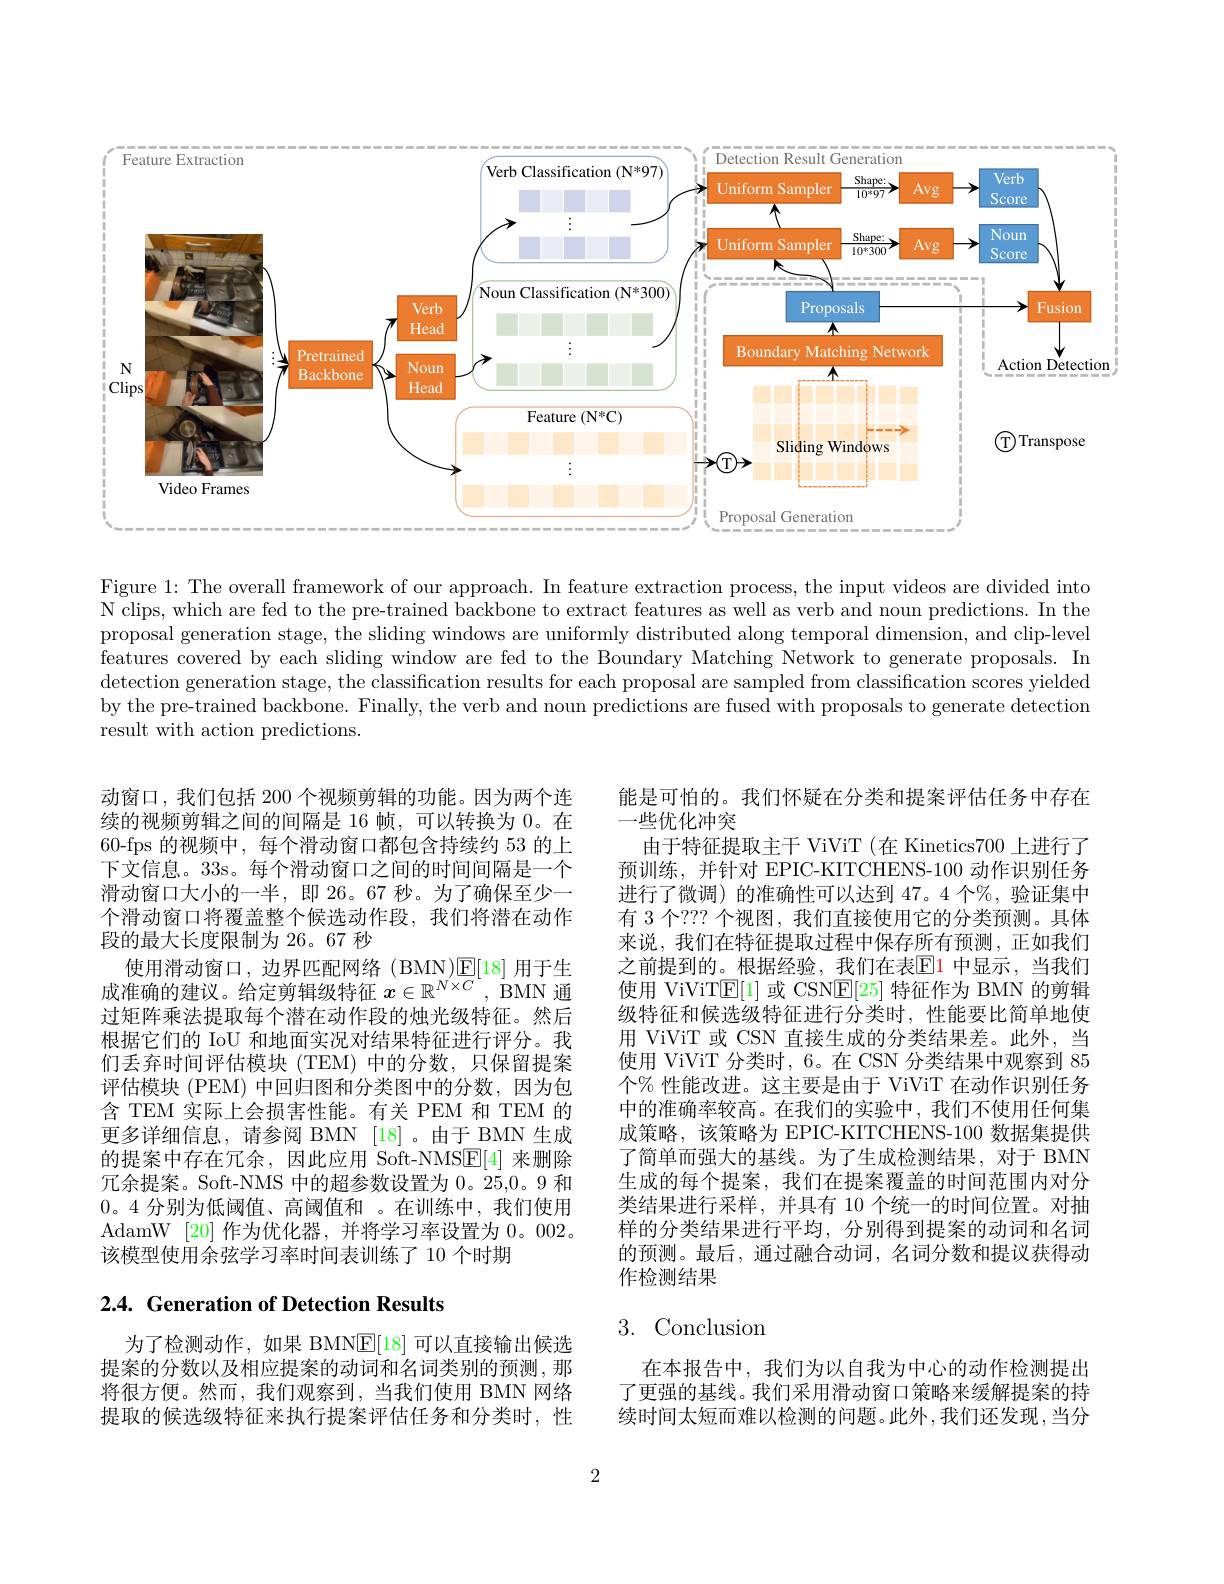
<FigureHere>

Figure 1: The overall framework of our approach. In feature extraction process, the input videos are divided into $\bar{\text{N clips, which are fed to the pre-trained backbone to extract features as well as verb and noun predictions. In the}}$ proposal generation stage, the sliding windows are uniformly distributed along temporal dimension, and clip-level features covered by each sliding window are fed to the Boundary Matching Network to generate proposals. In detection generation stage, the classification results for each proposal are sampled from classification scores yielded by the pre-trained backbone. Finally, the verb and noun predictions are fused with proposals to generate detection result with action predictions.

动窗口，我们包括 200 个视频剪辑的功能。因为两个连续的视频剪辑之间的间隔是 16 帧，可以转换为 0。在60-fps 的视频中，每个滑动窗口都包含持续约 53 的上下文信息。33s。每个滑动窗口之间的时间间隔是一个滑动窗口大小的一半，即 26。67 秒。为了确保至少一个滑动窗口将覆盖整个候选动作段，我们将潜在动作段的最大长度限制为 26。67 秒
使用滑动窗口，边界匹配网络(BMN)$\underline{\mathrm{E}}[18]$用于生成准确的建议。给定剪辑级特征$x\in\mathbb{R}^N\times C$, BMN 通过矩阵乘法提取每个潜在动作段的烛光级特征。然后根据它们的 IoU 和地面实况对结果特征进行评分。我们丢弃时间评估模块(TEM)中的分数，只保留提案评估模块 (PEM) 中回归图和分类图中的分数，因为包含 TEM 实际上会损害性能。有关 PEM 和 TEM 的更多详细信息，请参阅 BMN [18]。由于 BMN 生成的提案中存在冗余，因此应用 Soft-NMS$\underline{\mathrm{E}}[4]$来删除冗余提案。Soft-NMS 中的超参数设置为 0。25,0。9 和0。4 分别为低阈值、高阈值和 。在训练中，我们使用AdamW [20] 作为优化器，并将学习率设置为0。002。该模型使用余弦学习率时间表训练了 10 个时期

能是可怕的。我们怀疑在分类和提案评估任务中存在
一些优化冲突
由于特征提取主干 ViViT (在 Kinetics700 上进行了预训练，并针对 EPIC-KITCHENS-100 动作识别任务进行了微调) 的准确性可以达到 47。4 个%, 验证集中有 3 个？?? 个视图，我们直接使用它的分类预测。具体来说，我们在特征提取过程中保存所有预测，正如我们之前提到的。根据经验，我们在表$\color{red}{\mathrm{E}}$1 中显示，当我们使用 ViViT$\mathbb{E}[1]$或 CSN$\mathbb{E}[25]$特征作为 BMN 的剪辑级特征和候选级特征进行分类时，性能要比简单地使用 ViViT 或 CSN 直接生成的分类结果差。此外，当使用 ViViT 分类时，6。在 CSN 分类结果中观察到 85个% 性能改进。这主要是由于 ViViT 在动作识别任务中的准确率较高。在我们的实验中，我们不使用任何集成策略，该策略为 EPIC-KITCHENS-100 数据集提供了简单而强大的基线。为了生成检测结果，对于 BMN 生成的每个提案，我们在提案覆盖的时间范围内对分类结果进行采样，并具有 10 个统一的时间位置。对抽样的分类结果进行平均，分别得到提案的动词和名词的预测。最后，通过融合动词，名词分数和提议获得动作检测结果

## 2.4. Generation of Detection Results

## 3.Conclusion

为了检测动作，如果 BMN$\mathbb{E}[18]$可以直接输出候选提案的分数以及相应提案的动词和名词类别的预测，那将很方便。然而，我们观察到，当我们使用 BMN 网络提取的候选级特征来执行提案评估任务和分类时，性

在本报告中，我们为以自我为中心的动作检测提出了更强的基线。我们采用滑动窗口策略来缓解提案的持续时间太短而难以检测的问题。此外，我们还发现，当分

2